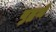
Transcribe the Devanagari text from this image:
युद्धमे